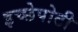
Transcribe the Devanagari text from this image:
इच्छेपोटी